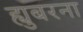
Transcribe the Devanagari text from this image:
ह्युबरना